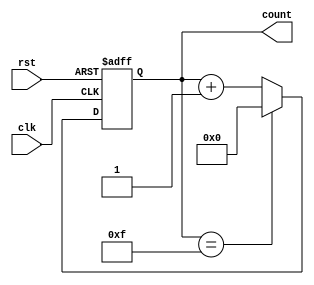
module binary_counter (
    input wire clk,       // Clock signal
    input wire rst,       // Asynchronous reset signal
    output reg [3:0] count // 4-bit output representing the current count
);

// State transition logic
always @(posedge clk or posedge rst) begin
    if (rst) begin
        count <= 4'b0000; // Reset the counter to 0
    end else begin
        if (count == 4'b1111) begin
            count <= 4'b0000; // Wrap around to 0 if max value is reached
        end else begin
            count <= count + 1; // Increment the counter
        end
    end
end

endmodule